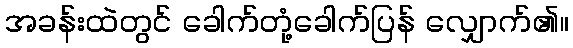
အခန်းထဲတွင် ခေါက်တုံ့ခေါက်ပြန် လျှောက်၏။